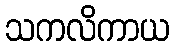
သကလိကာယ